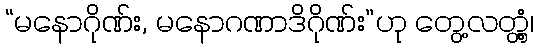
“မနောဂိုဏ်း, မနောဂဏာဒိဂိုဏ်း”ဟု တွေ့လတ္တံ့၊